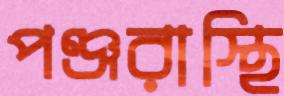
পঞ্জরাস্থি